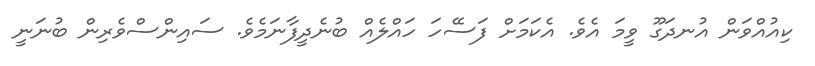
ކިއުއްވަން އުނދަގޫ ވީމަ އެވެ. އެކަމަށް ފަސޭހަ ހައްލެއް ބުނެދީފާނަމެވެ. ސައިންސްވެރިން ބުނަނީ